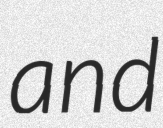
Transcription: and